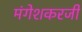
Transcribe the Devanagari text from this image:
मंगेशकरजी